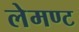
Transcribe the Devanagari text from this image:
लेमण्ट